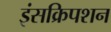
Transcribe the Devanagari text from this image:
इंसक्रिपशन